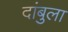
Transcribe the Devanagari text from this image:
दांबुला